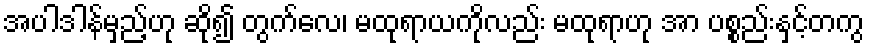
အပါဒါန်မှည့်ဟု ဆို၍ တွက်လေ၊ မထုရာယကိုလည်း မထုရာဟု အာ ပစ္စည်းနှင့်တကွ